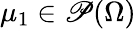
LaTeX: \mu_{1}\in\mathscr{P}(\Omega)